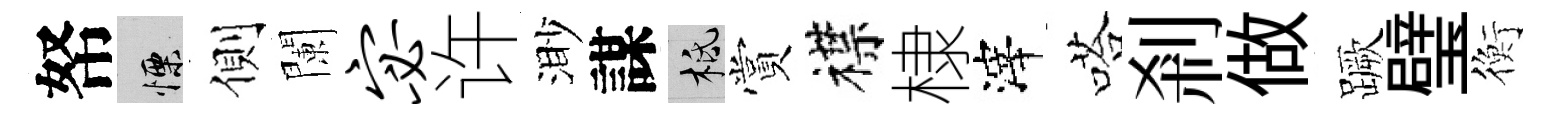
帑慄側闌宓许渺謀柢賞襟棣滓嗒剎做蹶璧衡